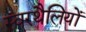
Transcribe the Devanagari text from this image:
स्वरथैलियों